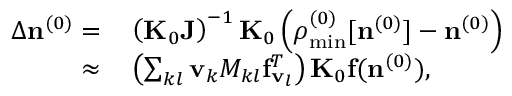
\begin{array} { r l } { \Delta { \bf n } ^ { ( 0 ) } = } & { { } \left( { \bf K } _ { 0 } { \bf J } \right) ^ { - 1 } { \bf K } _ { 0 } \left( { \boldsymbol \rho } _ { \mathrm { m i n } } ^ { ( 0 ) } [ { \bf n } ^ { ( 0 ) } ] - { \bf n } ^ { ( 0 ) } \right) } \\ { \approx } & { { } \left( \sum _ { k l } { \bf v } _ { k } { M _ { k l } } { { \bf f } _ { { \bf v } _ { l } } ^ { T } } \right) { \bf K } _ { 0 } { \bf f } ( { \bf n } ^ { ( 0 ) } ) , } \end{array}